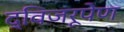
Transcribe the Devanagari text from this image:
द्विजरूपेण